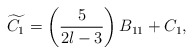
\begin{align*}\widetilde{C_1} = \left(\frac{5}{2l-3}\right)B_{11}+C_1,\end{align*}